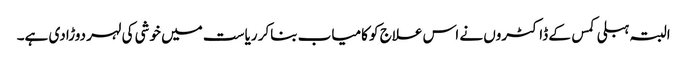
البتہ ہبلی کمس کے ڈاکٹروں نے اس علاج کو کامیاب بناکر ریاست میں خوشی کی لہر دوڑادی ہے۔